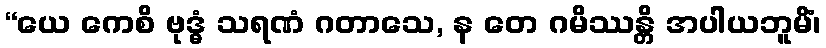
“ယေ ကေစိ ဗုဒ္ဓံ သရဏံ ဂတာသေ, န တေ ဂမိဿန္တိ အပါယဘူမိံ၊